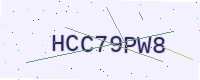
Text: HCC79PW8